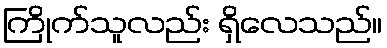
ကြိုက်သူလည်း ရှိလေသည်။